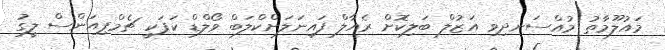
މައުލޫމާތު މުއްސަނދިވި އަޒުލް ބަލިކޮށް ރެއާލް ފައިނަލަށްކްލަބް ވޯލްޑް ކަޕަކީ ޗެމްޕިއަންސް ލީގު